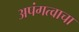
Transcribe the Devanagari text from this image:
अपंगत्वाचा